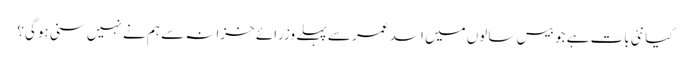
کیا نئی بات ہے جو بیس سالوں میں اسد عمر سے پہلے وزرائے خزانہ سے ہم نے نہیں سنی ہوگی؟